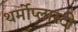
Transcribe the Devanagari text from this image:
थर्मोप्लास्टी